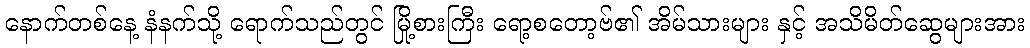
နောက်တစ်နေ့ နံနက်သို့ ရောက်သည်တွင် မြို့စားကြီး ရော့စတော့ဗ်၏ အိမ်သားများ နှင့် အသိမိတ်ဆွေများအား